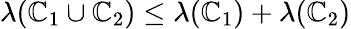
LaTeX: \lambda(\mathbb{C}_{1}\cup\mathbb{C}_{2})\leq\lambda(\mathbb{C}_{1})+\lambda(\mathbb{C}_{2})